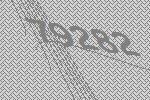
79282